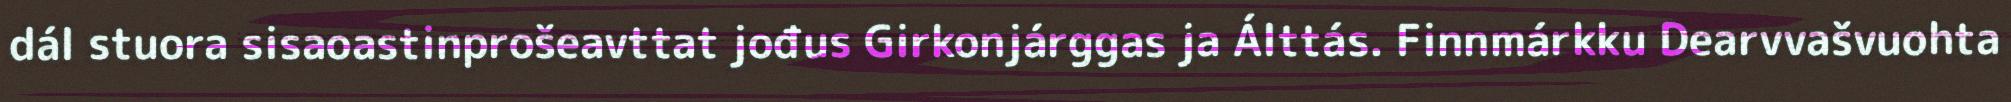
dál stuora sisaoastinprošeavttat jođus Girkonjárggas ja Álttás. Finnmárkku Dearvvašvuohta